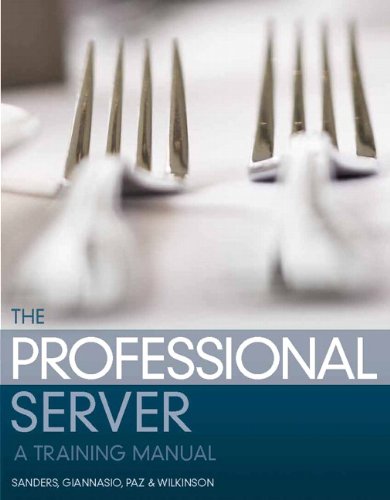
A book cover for The Professional Server: A Training Manual (2nd Edition); Edward E. Sanders; Cookbooks, Food & Wine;